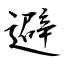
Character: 避